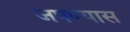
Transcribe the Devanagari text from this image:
जपण्यास